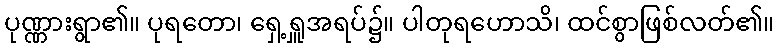
ပုဏ္ဏားရွာ၏။ ပုရတော၊ ရှေ့ရှူအရပ်၌။ ပါတုရဟောသိ၊ ထင်စွာဖြစ်လတ်၏။